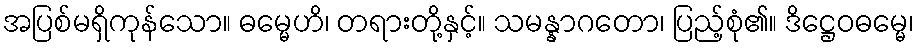
အပြစ်မရှိကုန်သော။ ဓမ္မေဟိ၊ တရားတို့နှင့်။ သမန္နာဂတော၊ ပြည့်စုံ၏။ ဒိဋ္ဌေဝဓမ္မေ၊